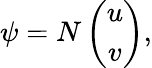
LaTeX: \psi=N\left(\begin{array}{c}{{u}}\\ {{v}}\end{array}\right),